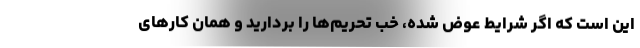
این است که اگر شرایط عوض شده، خب تحریم‌ها را بردارید و همان کارهای